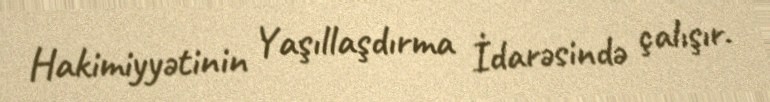
Hakimiyyətinin Yaşıllaşdırma İdarəsində çalışır.